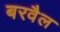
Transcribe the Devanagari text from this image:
बरवैल